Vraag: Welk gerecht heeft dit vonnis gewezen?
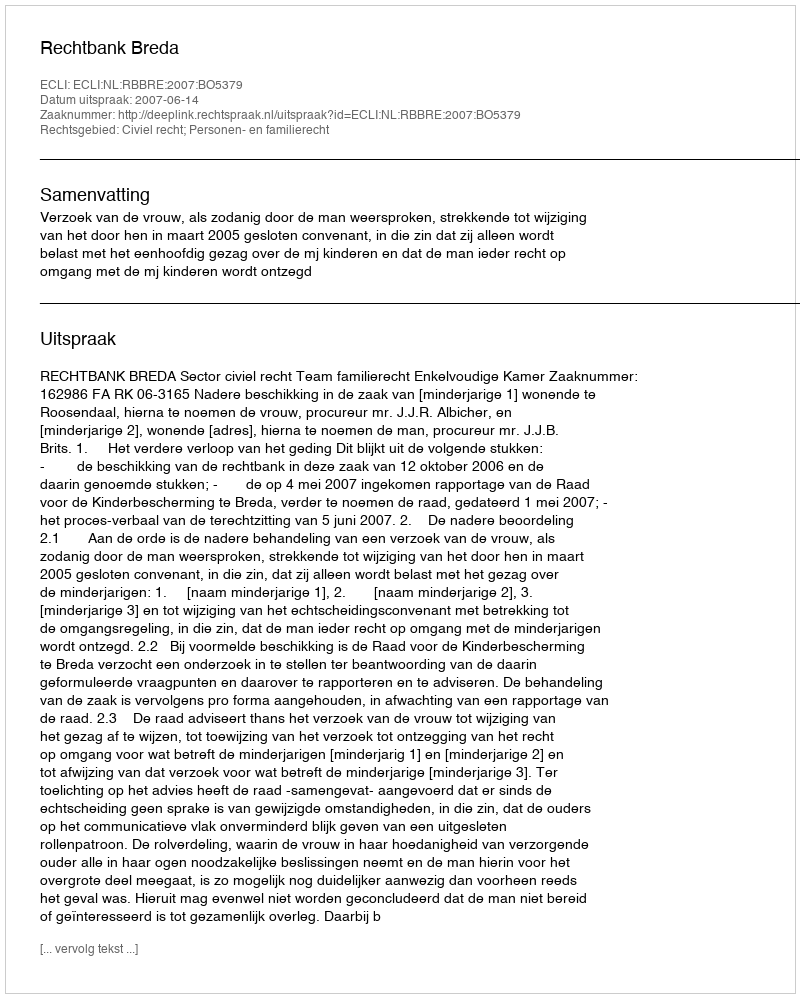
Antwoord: Rechtbank Breda